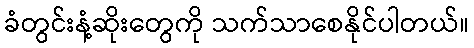
ခံတွင်းနံ့ဆိုးတွေကို သက်သာစေနိုင်ပါတယ်။